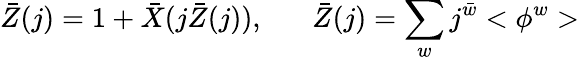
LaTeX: \bar{Z}(j)=1+\bar{X}(j\bar{Z}(j)),\; \; \; \; \; \; \bar{Z}(j)=\sum_{w}j^{\bar{w}}<\phi^{w}>